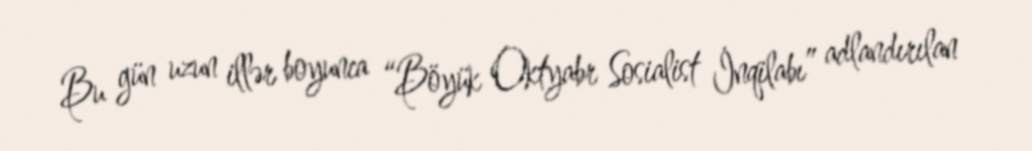
Bu gün uzun illər boyunca “Böyük Oktyabr Sosialist İnqilabı” adlandırılan